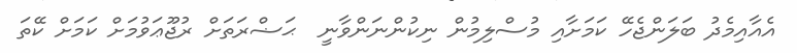
އެއާއިމެދު ބަލަންޖެހޭ ކަމަށާއި މުސްލިމުން ނިކުންނަންވާނީ  ޙަޟްރަތަށް ރުޖޫޢަވުމަށް ކަމަށް ކޭތަ